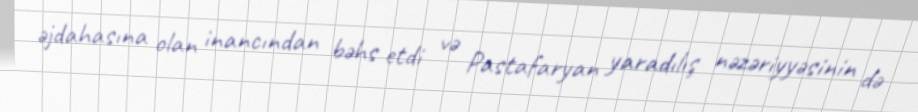
əjdahasına olan inancından bəhs etdi və Pastafaryan yaradılış nəzəriyyəsinin də